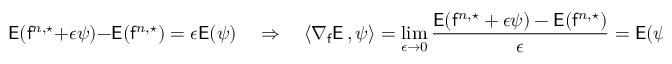
\mathsf { E } ( \mathsf { f } ^ { n , \star } + \epsilon \psi ) - \mathsf { E } ( \mathsf { f } ^ { n , \star } ) = \epsilon \mathsf { E } ( \psi ) \quad \Rightarrow \quad \langle \nabla _ { \mathsf { f } } \mathsf { E } \, , \psi \rangle = \operatorname* { l i m } _ { \epsilon \to 0 } \frac { \mathsf { E } ( \mathsf { f } ^ { n , \star } + \epsilon \psi ) - \mathsf { E } ( \mathsf { f } ^ { n , \star } ) } { \epsilon } = \mathsf { E } ( \psi ) \, .